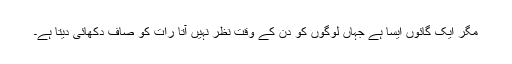
مگر ایک گائوں ایسا ہے جہاں لوگوں کو دن کے وقت نظر نہیں آتا رات کو صاف دکھائی دیتا ہے۔